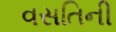
વસતિની